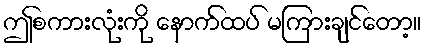
ဤစကားလုံးကို နောက်ထပ် မကြားချင်တော့။